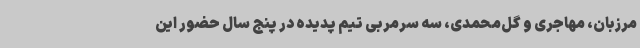
مرزبان، مهاجری و گل‌محمدی، سه سرمربی تیم پدیده در پنج سال حضور این